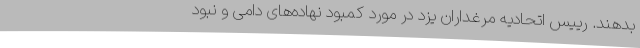
بدهند. رییس اتحادیه مرغداران یزد در مورد کمبود نهاده‌های دامی و نبود